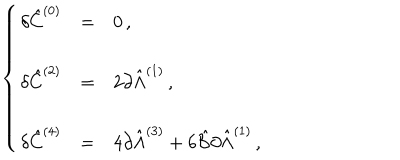
\left\{ \begin{array} { r c l } { { \delta \hat { C } ^ { ( 0 ) } } } & { { = } } & { { 0 \, , } } \\ { { } } & { { } } & { { } } \\ { { \delta \hat { C } ^ { ( 2 ) } } } & { { = } } & { { 2 \partial \hat { \Lambda } ^ { ( 1 ) } \, , } } \\ { { } } & { { } } & { { } } \\ { { \delta \hat { C } ^ { ( 4 ) } } } & { { = } } & { { 4 \partial \hat { \Lambda } ^ { ( 3 ) } + 6 \hat { \cal B } \partial \hat { \Lambda } ^ { ( 1 ) } \, , } } \\ \end{array} \right.